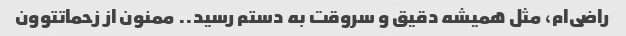
راضی‌ام، مثل همیشه دقیق و سروقت به دستم رسید.. ممنون از زحماتتوون